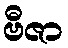
ဗီဇာ